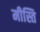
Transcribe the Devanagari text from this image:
मीस्ति